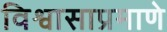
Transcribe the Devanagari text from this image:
विश्वासाप्रमाणे